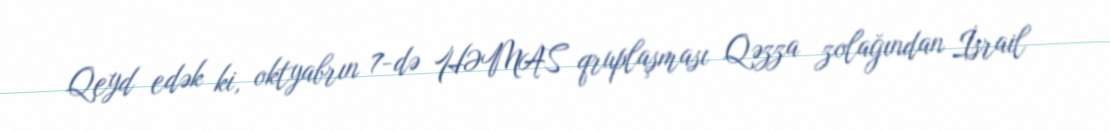
Qeyd edək ki, oktyabrın 7-də HƏMAS qruplaşması Qəzza zolağından İsrail